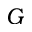
G